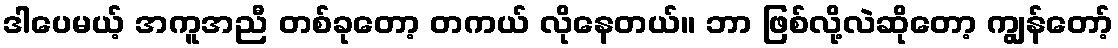
ဒါပေမယ့် အကူအညီ တစ်ခုတော့ တကယ် လိုနေတယ်။ ဘာ ဖြစ်လို့လဲဆိုတော့ ကျွန်တော့်